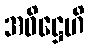
အဓိဋ္ဌေဟိ